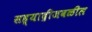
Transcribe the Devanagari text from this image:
सह्याद्रीजवळील